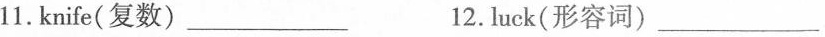
11.knife(复数)___12.luck(形容词)___